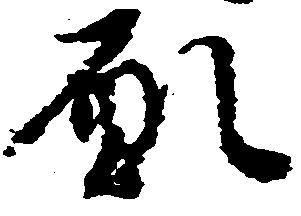
願